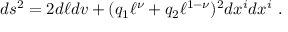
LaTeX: d s ^ { 2 } = 2 d \ell d v + ( q _ { 1 } \ell ^ { \nu } + q _ { 2 } \ell ^ { 1 - \nu } ) ^ { 2 } d x ^ { i } d x ^ { i } \ .